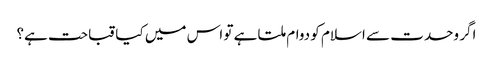
اگر وحدت سے اسلام کو دوام ملتا ہے تو اس میں کیا قباحت ہے؟